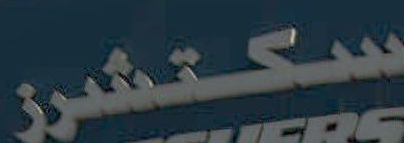
سكتشرز